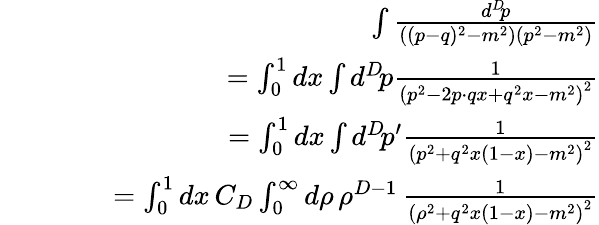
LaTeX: \begin{array}{rlr}&{}&{\int{\frac{d^{D}\! p}{\left((p-q)^{2}-m^{2}\right)(p^{2}-m^{2})}}}\\ &{}&{\qquad=\int_{0}^{1}dx\int d^{D}\! p{\frac{1}{\left(p^{2}-2p\cdot qx+q^{2}x-m^{2}\right)^{2}}}}\\ &{}&{\qquad=\int_{0}^{1}dx\int d^{D}\! p^{\prime}{\frac{1}{\left(p^{2}+q^{2}x(1-x)-m^{2}\right)^{2}}}}\\ &{}&{\qquad=\int_{0}^{1}dx\, C_{D}\int_{0}^{\infty}d\rho\, \rho^{D-1}\, {\frac{1}{\left(\rho^{2}+q^{2}x(1-x)-m^{2}\right)^{2}}}}\end{array}